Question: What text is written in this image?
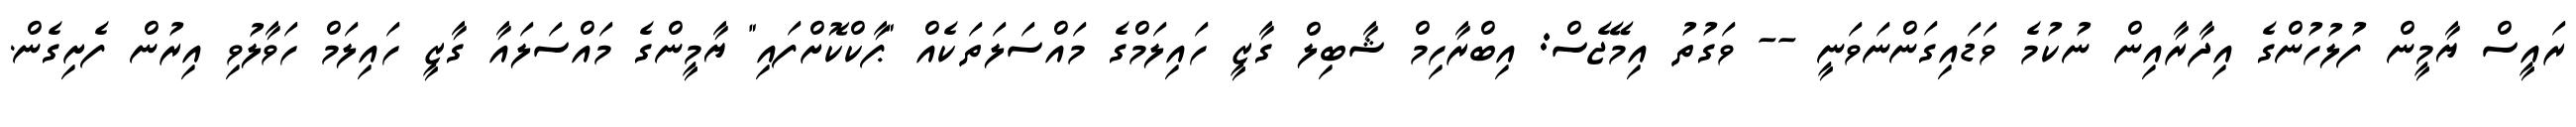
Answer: ރައީސް ޔާމީން ފުލުހުންގެ އިދާރާއިން ނުކުމެ ވަޑައިގަންނަވަނީ -- ވަގުތު އިމޭޖެސް: އިބްރާހިމް ޝާބިލް ގާޒީ ހައިލަމްގެ މައްސަލަތަކެއް "ޕާކްކޮށްފައި" ޔާމީންގެ މައްސަލައާ ގާޒީ ހައިލަމް ހަވާލުވި އިރުން ފެށިގެން.